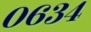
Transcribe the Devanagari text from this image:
०६३४